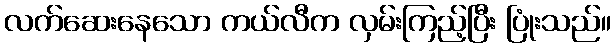
လက်ဆေးနေသော ကယ်လီက လှမ်းကြည့်ပြီး ပြုံးသည်။